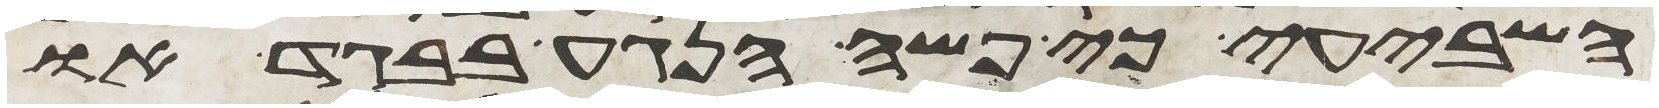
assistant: השביעי כי פשה הנגע בבגד או